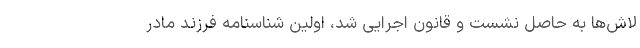
لاش‌ها به حاصل نشست و قانون اجرایی شد، اولین شناسنامه فرزند مادر